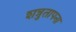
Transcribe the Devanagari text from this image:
शत्रुतापना